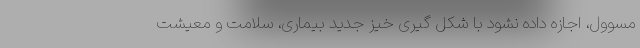
مسوول، اجازه داده نشود با شکل گیری خیز جدید بیماری، سلامت و معیشت